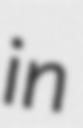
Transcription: in